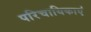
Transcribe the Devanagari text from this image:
परिचायिकाएं